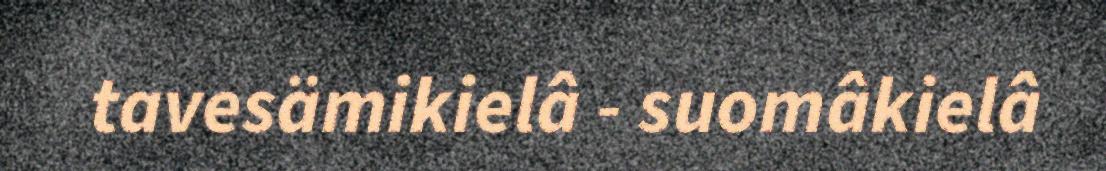
tavesämikielâ - suomâkielâ